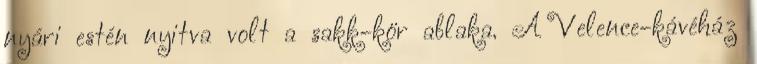
nyári estén nyitva volt a sakk-kör ablaka. A Velence-kávéház